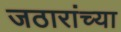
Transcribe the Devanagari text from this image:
जठारांच्या